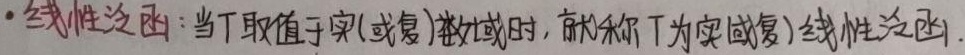
线性泛函：当 \(T\) 取值于实(或复)数域时，就称 \(T\) 为实(或复)线性泛函.